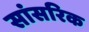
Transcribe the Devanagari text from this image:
सांसरिक